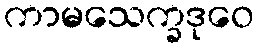
ကာမသေက္ခဒုဝေ